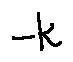
- k